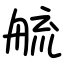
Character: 艈